King Institute of Preventive Medicine Micro-Biological Section reports 1912-19
Year: 1912
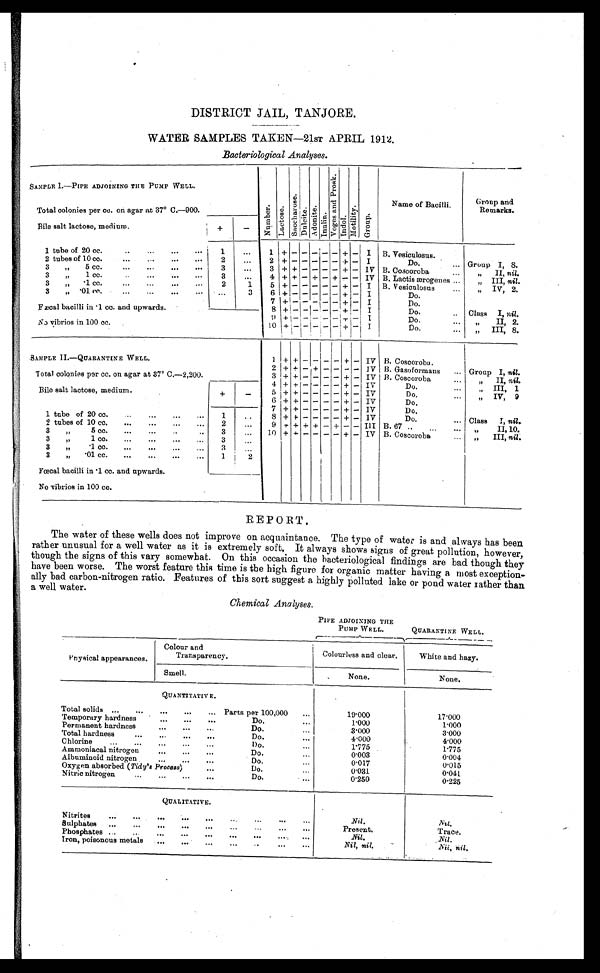
DISTRICT JAIL, TANJORE.
WATER SAMPLES TAKEN-21 ST APRIL 1912.
Bacteriological Analyses.
Bile salt lactose, medium.
+
–
1 tube of 20 cc.
1
1
+ − − −
−
− + −
I
B. Vesiculosus.
2 tubes of 10 cc.
2
2 + − − − − − + −
I
Do.
Group I, 8.
3 „ 5 c c .
3
3 + + − − − − + − IV B. Coscoroba
„
II, nil
.
3 „ 1 cc.
3
4 + + − + − + − − IV B. Lactis ærogenes
„ I I I , ni l l .
3 „ ·1 cc.
2
1
5 + − − − − − + −
I
B. Vesiculosus
„ IV, 2.
3 „··01. cc.
3
6 + − − − − − + −
I
Do.
7
+ −
− − − − + −
I
Do.
Fœcal bacilli in ·1 cc. and upwards.
8 + − − − − − + −
I
Do.
Class I, nil.
9 + − − − − − + −
I
No vibrios in 100 cc.
10 + −
−
− − − +
−
I
SAMPLE II.—QUARANTINE WELL.
1 + + − − −
−
+
−
IV B. Coscoroba.
2
+ + − + − −
− −
IV B. Gasoformans
Group I, nil.
Total colonies per cc. on agar at 37° C.
—2,200.
3 + + − − − − + − IV
4 + + − − − − + − IV
Bile salt lactose, medium.
+
−
5 + + − − − − + − IV
Do.
„ I V , 9
6 + + − − − − + − IV
Do.
7
+ + − − − − + −
IV
Do.
1 tube of 20 cc.
1
8 + + − − − − + − IV
Do.
Class I nil.
2 tubes of 10 cc.
2
9 + + + − − + − − III B. 67
„
I I , 1 0 .
3 „ 5 cc.
3
10 + + − − − − + − IV B. Coscoroba
„ I I I , n i l .
3 „ 1 cc.
3
3 „ ·1 cc.
3
3 „ ·01. cc.
1
2
Fœcal bacilli in ·1 cc. and upwards.
No vibrios in 100 cc.
REPORT.
The water of these wells does not improve on acquaintance. The type of wateir is and always has been
rather unusual for a well water as it is extremely soft. It always shows signs of great pollution, however,
though the signs of this vary somewhat. On this occasion the bacteriological findings are bad though they
have been worse. The worst feature this time is the high figure for organic matter having a most exception-
ally bad carbon-nitrogen ratio. Features of this sort suggest a highly polluted lake or pond water rather than
a well water.
Chemical Analyses.
PIPE ADJOINING THE
PUMP WELL.
QUARANTINE WELL.
Physical appearances.
Colour and
Transparency.
Colourless and clear.
White and hazy.
Smell.
None.
None.
Total solids
Parts per 100,000
19·000
17·000
Temporary hardness
Do.
1·000
1·000
Permanent hardness
Do.
3·000
3·000
Total hardness
Do.
4·000
4·000
Chlorine
Do.
Ammoniacal nitrogen
Do.
0·003
0·004
Albuminoid nitrogen
Do.
0·017
0·015
Do.
0·031
0·041
Nitric nitrogen
Do.
0·250
0·225
Nitrites
Nil .
Nil.
Sulphates
Present.
Trace.
Phosphates
Nil .
Nil .
Iron, poisonous metals
Nil, nil.
Nil, nil .